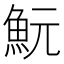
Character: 魭